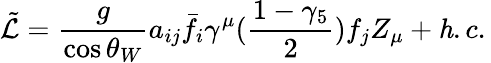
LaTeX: \tilde{\cal L}=\frac{g}{\cos\theta_{W}}a_{ij}\bar{f_{i}}\gamma^{\mu}(\frac{1-\gamma_{5}}{2})f_{j}Z_{\mu}+{\mathit h.c.}\,